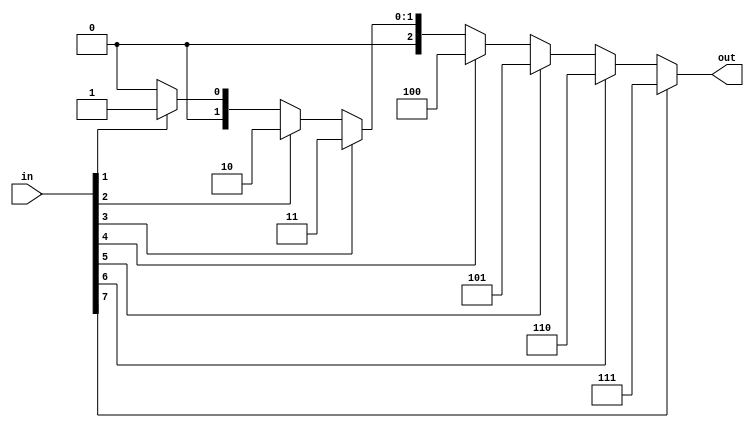
`timescale 1ns / 1ps
module encoder_8_3(
    input[7:0]in,
    output reg[2:0]out
    );
	always@(in)
	begin
		if(in[7]==1)
		 out=3'b111;
		else if(in[6]==1)
		 out=3'b110;
		else if(in[5]==1)
		 out=3'b101;
		else if(in[4]==1)
		 out=3'b100;
		else if(in[3]==1)
		 out=3'b011;
		else if(in[2]==1)
		 out=3'b010;
		else if(in[1]==1)
		 out=3'b001;
		else 
		 out=3'b000;
	end
endmodule